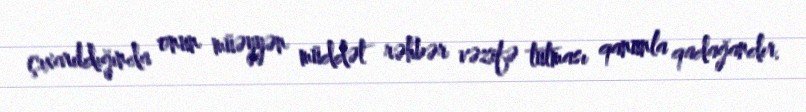
çıxarıldığında onun müəyyən müddət rəhbər vəzifə tutması qanunla qadağandır.